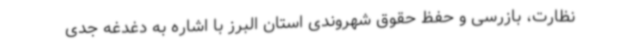
نظارت، بازرسی و حفظ حقوق شهروندی استان البرز با اشاره به دغدغه جدی